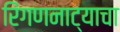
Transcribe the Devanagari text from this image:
रिंगणनाट्याचा